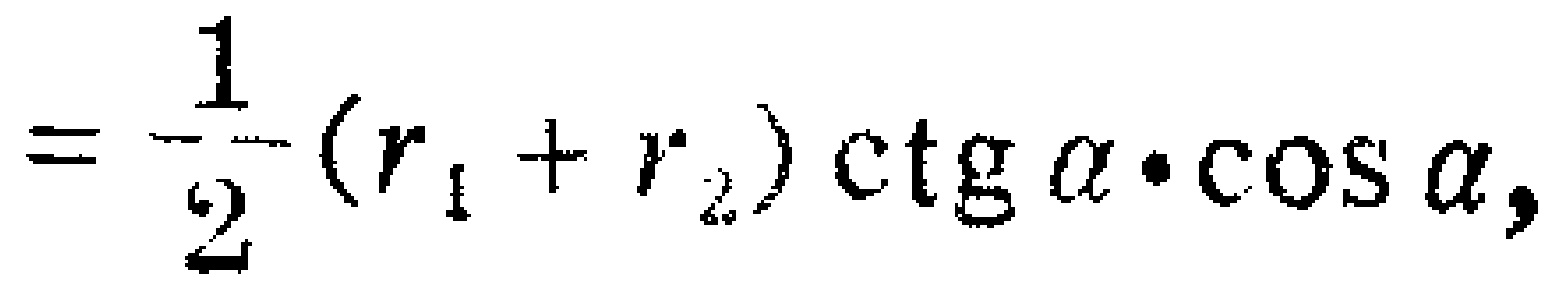
$=\frac{1}{2}(r_{1}+r_{2})\operatorname{ctg}\alpha\cdot\cos\alpha,$